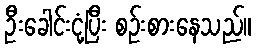
ဦးခေါင်းငုံ့ပြီး စဉ်းစားနေသည်။